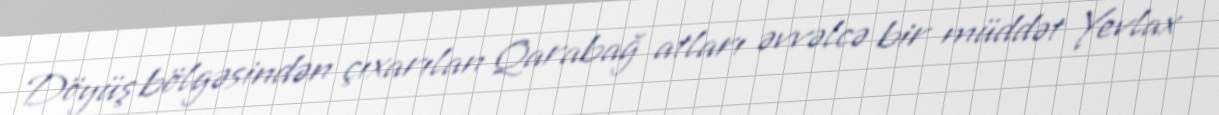
Döyüş bölgəsindən çıxarılan Qarabağ atları əvvəlcə bir müddət Yevlax